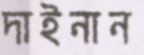
দাইনান